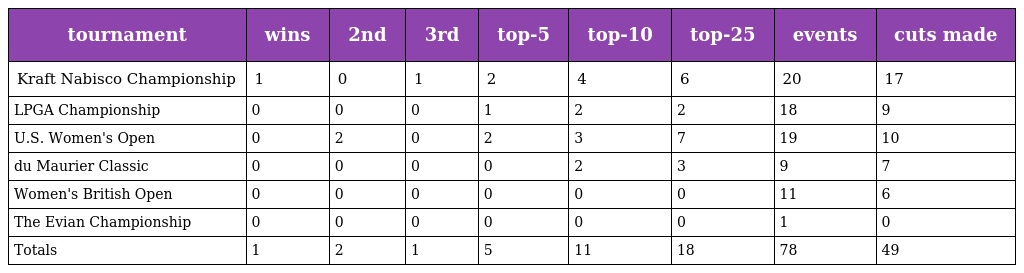
| tournament | wins | 2nd | 3rd | top-5 | top-10 | top-25 | events | cuts made |
 | --- | --- | --- | --- | --- | --- | --- | --- | --- |
 | Kraft Nabisco Championship | 1 | 0 | 1 | 2 | 4 | 6 | 20 | 17 |
 | LPGA Championship | 0 | 0 | 0 | 1 | 2 | 2 | 18 | 9 |
 | U.S. Women's Open | 0 | 2 | 0 | 2 | 3 | 7 | 19 | 10 |
 | du Maurier Classic | 0 | 0 | 0 | 0 | 2 | 3 | 9 | 7 |
 | Women's British Open | 0 | 0 | 0 | 0 | 0 | 0 | 11 | 6 |
 | The Evian Championship | 0 | 0 | 0 | 0 | 0 | 0 | 1 | 0 |
 | Totals | 1 | 2 | 1 | 5 | 11 | 18 | 78 | 49 |